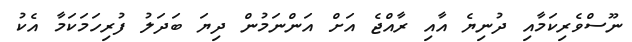
ނޫސްވެރިކަމާއި ދުނިޔެ އާއި ރާއްޖެ އަށް އަންނަމުން ދިޔަ ބަދަލު ފުރިހަމަކަމާ އެކު